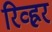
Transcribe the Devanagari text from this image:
रिव्ह्रर